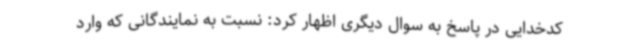
کدخدایی در پاسخ به سوال دیگری اظهار کرد: نسبت به نمایندگانی که وارد